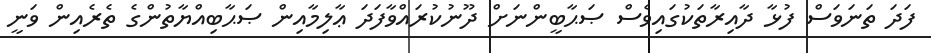
ފަދަ ތަނަވަސް ފުޅާ ދާއިރާތަކުގައިވެސް ޞަޙާބީންނަށް ދޫނުކުރައްވާފަދަ ޢާލިމާއިން ޞަޙާބިއްޔާތުންގެ ތެރެއިން ވަނީ